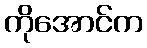
ကိုအောင်က